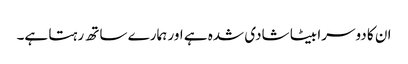
ان کا دوسرا بیٹا شادی شدہ ہے اور ہمارے ساتھ رہتا ہے۔